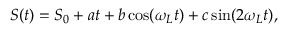
S ( t ) = S _ { 0 } + a t + b \cos ( \omega _ { L } t ) + c \sin ( 2 \omega _ { L } t ) ,